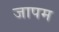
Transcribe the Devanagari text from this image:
जापम